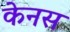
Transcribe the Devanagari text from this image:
केनस